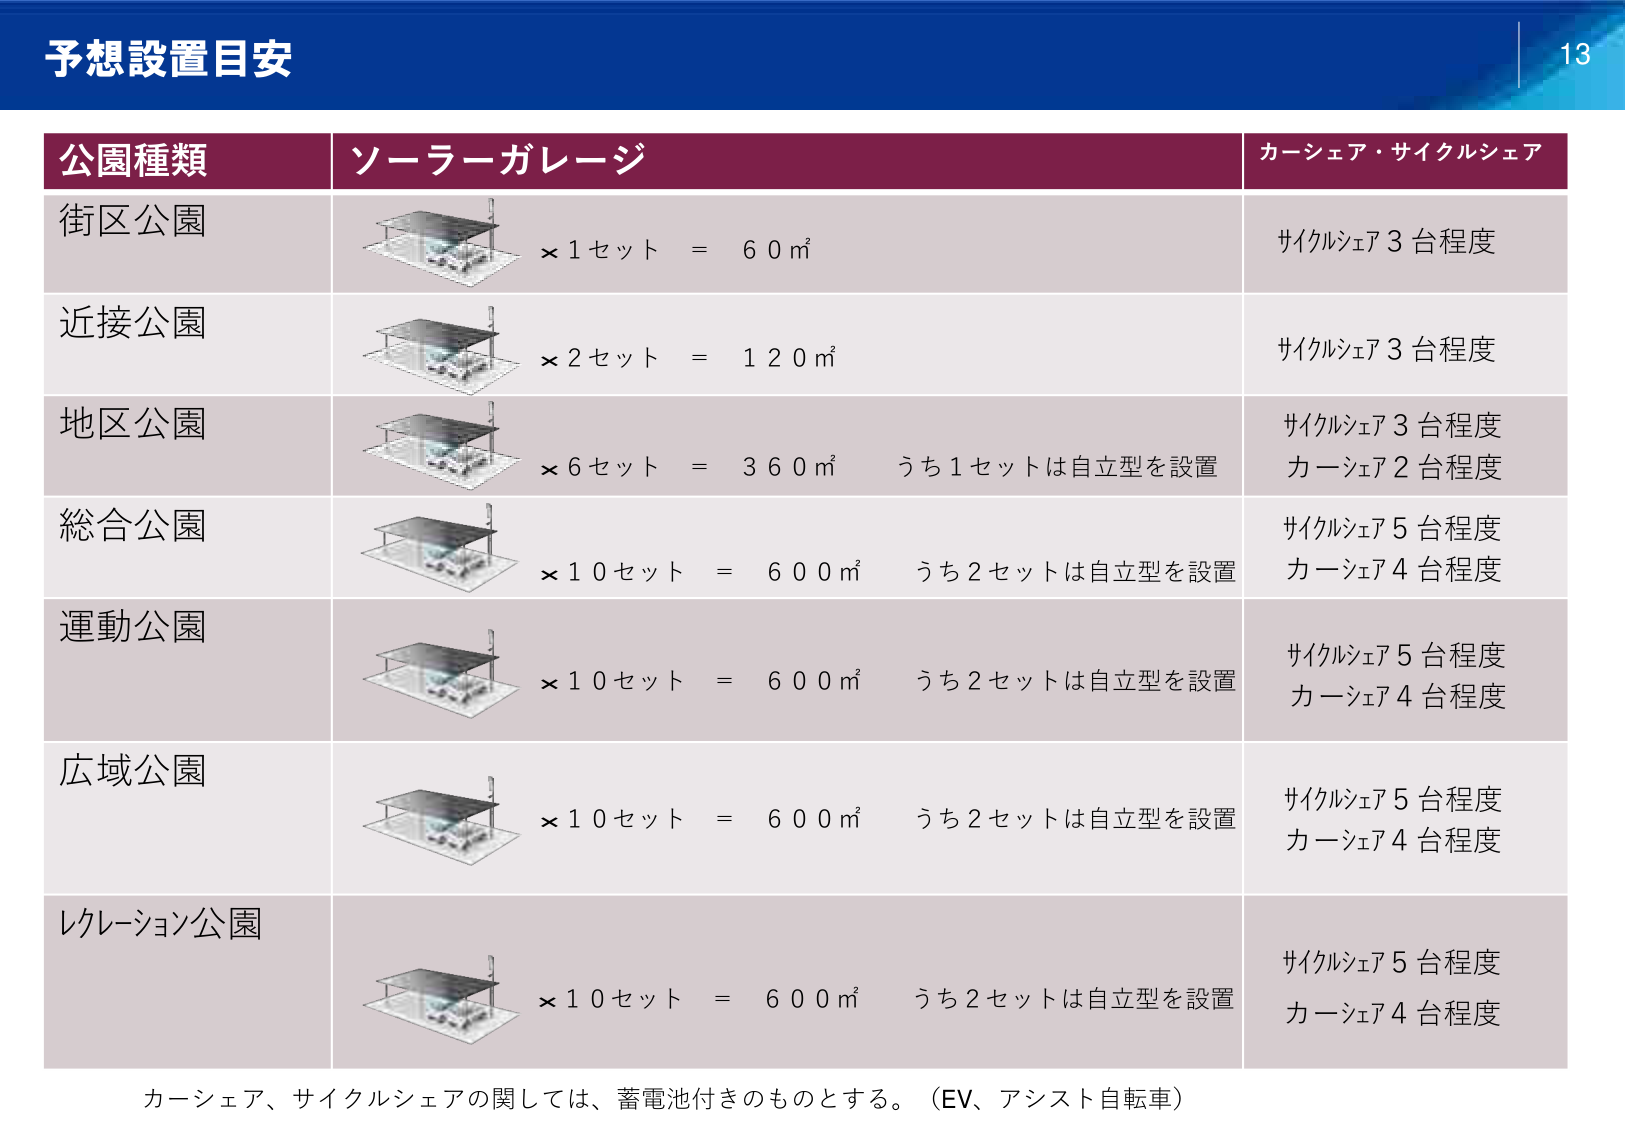
予想設置目安

13

公園種類 ソーラーガレージ カーシェア・サイクルシェア

街区公園 ×1セット = 60㎡ サイクルシェア3台程度

近接公園 ×2セット = 120㎡ サイクルシェア3台程度

地区公園 ×6セット = 360㎡ うち1セットは自立型を設置 サイクルシェア3台程度 カーシェア2台程度

総合公園 ×10セット = 600㎡ うち2セットは自立型を設置 サイクルシェア5台程度 カーシェア4台程度

運動公園 ×10セット = 600㎡ うち2セットは自立型を設置 サイクルシェア5台程度 カーシェア4台程度

広域公園 ×10セット = 600㎡ うち2セットは自立型を設置 サイクルシェア5台程度 カーシェア4台程度

レクリエーション公園 ×10セット = 600㎡ うち2セットは自立型を設置 サイクルシェア5台程度 カーシェア4台程度

カーシェア、サイクルシェアの関しては、蓄電池付きのものとする。（EV、アシスト自転車）